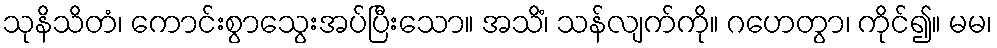
သုနိသိတံ၊ ကောင်းစွာသွေးအပ်ပြီးသော။ အသိံ၊ သန်လျက်ကို။ ဂဟေတွာ၊ ကိုင်၍။ မမ၊